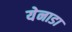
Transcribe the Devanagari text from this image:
येनाडा